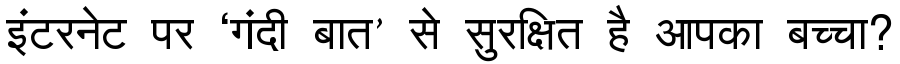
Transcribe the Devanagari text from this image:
इंटरनेट पर ‘गंदी बात’ से सुरक्षित है आपका बच्चा?